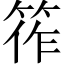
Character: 筰